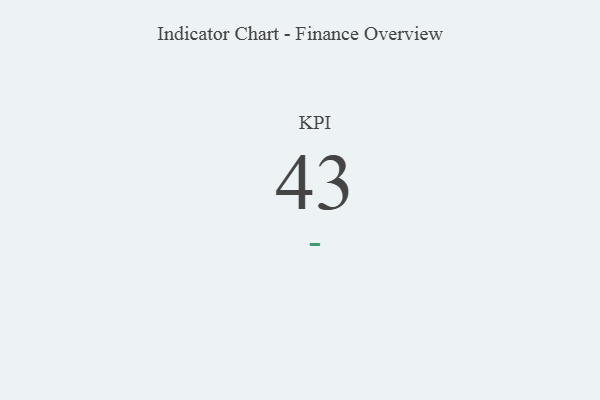
{"axis": {"x": "KPI", "y": "Value"}, "legend": [""], "data": [{"x": "KPI", "y": 43, "type": ""}]}